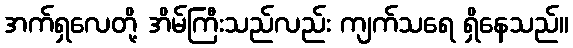
အက်ရှလေတို့ အိမ်ကြီးသည်လည်း ကျက်သရေ ရှိနေသည်။